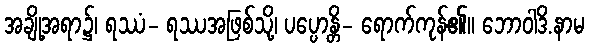
အချို့အရာ၌၊ ရဿံ- ရဿအဖြစ်သို့၊ ပပ္ပောန္တိ- ရောက်ကုန်၏။ ဘောဝါဒိ.နာမ